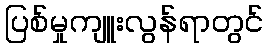
ပြစ်မှုကျူးလွန်ရာတွင်